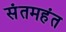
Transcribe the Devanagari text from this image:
संतमहंत